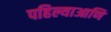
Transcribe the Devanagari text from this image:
पहिल्याआणि